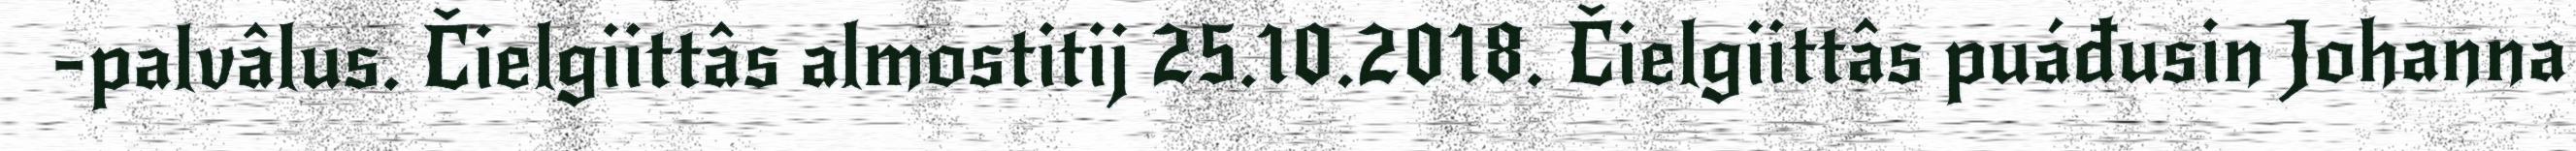
-palvâlus. Čielgiittâs almostitij 25.10.2018. Čielgiittâs puáđusin Johanna